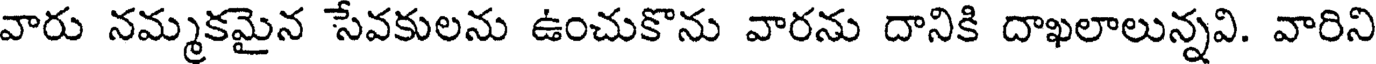
వారు నమ్మకమైన సేవకులను ఉంచుకొను వారను దానికి దాఖలాలున్నవి. వారిని